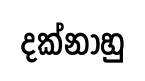
දක්නාහු